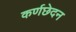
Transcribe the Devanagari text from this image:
कर्णछेदन